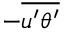
- \overline { { u ^ { \prime } \theta ^ { \prime } } }